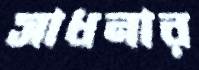
সাধনার